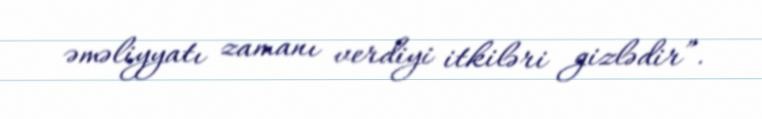
əməliyyatı zamanı verdiyi itkiləri gizlədir”.